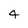
Character: 4